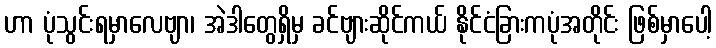
ဟာ ပုံသွင်းရမှာလေဗျာ၊ အဲဒါတွေရှိမှ ခင်ဗျားဆိုင်ကယ် နိုင်ငံခြားကပုံအတိုင်း ဖြစ်မှာပေါ့